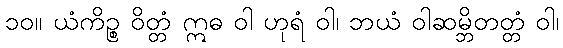
၁၀။ ယံကိဉ္စ ဝိတ္တံ ဣဓ ဝါ ဟုရံ ဝါ၊ ဘယံ ဝါဆမ္ဘိတတ္တံ ဝါ၊